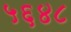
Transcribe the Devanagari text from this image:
५६४८